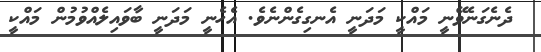
ދެނެގަނެވޭނީ މައްކީ މަދަނީ އެނގިގެންނެވެ. އެހެނީ މަދަނީ ބާވައިލެއްވުމުން މައްކީ